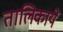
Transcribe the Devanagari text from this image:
तालिकायें